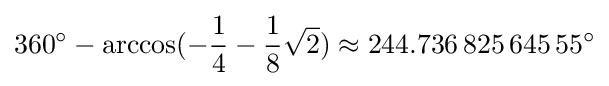
360^{\circ }-\arccos(-{\frac {1}{4}}-{\frac {1}{8}}{\sqrt {2}})\approx 244.736\,825\,645\,55^{\circ }